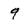
Character: 9